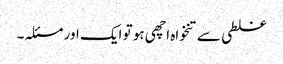
غلطی سے تنخواہ اچھی ہو تو ایک اور مسئلہ۔